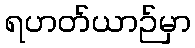
ရဟတ်ယာဉ်မှာ